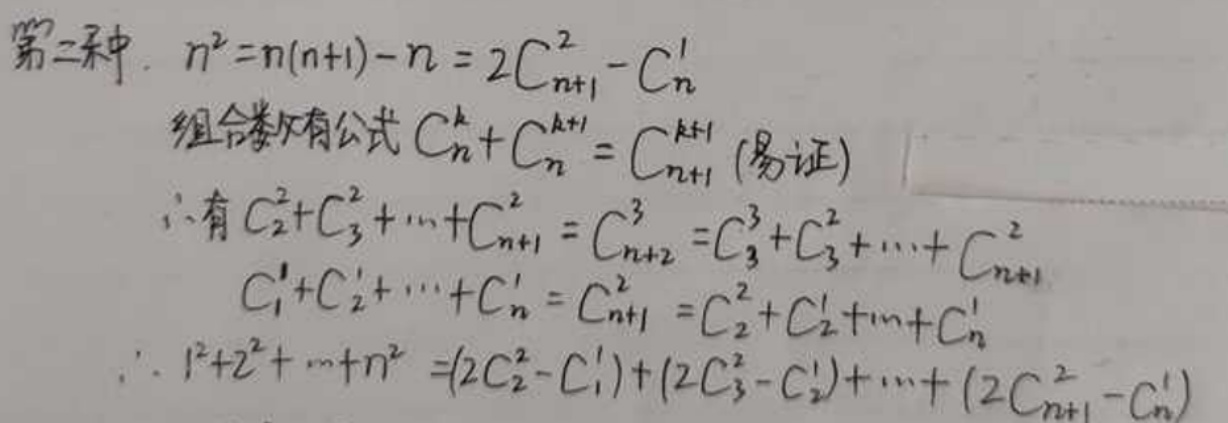
第二种. \(n^{2}=n(n + 1)-n=2C_{n + 1}^{2}-C_{n}^{1}\)
组合数有公式 \(C_{n}^{k}+C_{n}^{k + 1}=C_{n+1}^{k + 1}\) (易证)
\(\therefore\) 有 \(C_{2}^{2}+C_{3}^{2}+\cdots +C_{n + 1}^{2}=C_{n + 2}^{3}=C_{3}^{3}+C_{3}^{2}+\cdots +C_{n + 1}^{2}\)
\(C_{1}^{1}+C_{2}^{1}+\cdots +C_{n}^{1}=C_{n + 1}^{2}=C_{2}^{2}+C_{2}^{1}+\cdots +C_{n}^{1}\)
\(\therefore1^{2}+2^{2}+\cdots +n^{2}=(2C_{2}^{2}-C_{1}^{1})+(2C_{3}^{2}-C_{2}^{1})+\cdots+(2C_{n + 1}^{2}-C_{n}^{1})\)